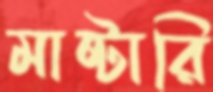
মাষ্টারি